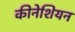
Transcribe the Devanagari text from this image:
कीनेशियन